Annual report on the working of the lock hospitals in the Central Provinces
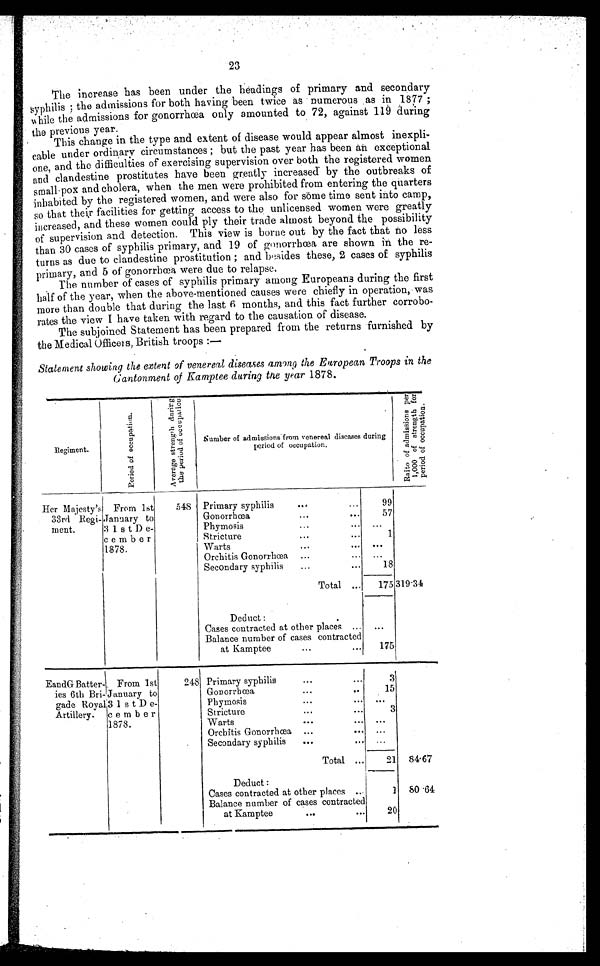
23
The increase has been under the headings of primary and secondary
syphilis ; the admissions for both having been twice as numerous as in 1877 ;
while the admissions for gonorrhœa only amounted to 72, against 119 during
the previous year.
This change in the type and extent of disease would appear almost inexpli-
cable under ordinary circumstances ; but the past year has been an exceptional
one, and the difficulties of exercising supervision over both the registered women
and clandestine prostitutes have been greatly increased by the outbreaks of
small-pox and cholera, when the men were prohibited from entering the quarters
inhabited by the registered women, and were also for some time sent into camp,
so that their facilities for getting access to the unlicensed women were greatly
increased, and these women could ply their trade almost beyond the possibility
of supervision and detection. This view is borne out by the fact that to less
than 30 cases of syphilis primary, and 19 of gonorrhœa are shown in the re-
turns as due to clandestine prostitution ; and besides these, 2 cases of syphilis
primary, and 5 of gonorrhœa were due to relapse.
The number of cases of syphilis primary among Europeans during the first
half of the year, when the above-mentioned causes were chiefly in operation, was
more than double that during the last 6 months, and this fact further corrobo-
rates the view I have taken with regard to the causation of disease.
The subjoined Statement has been prepared from the returns furnished by
the Medical Office's, British troops :—
Statement showing the extent of venereal diseases among the European Troops in the
Cantonment of Kamptee during the year 1878.
Regiment.
P e r i o d o f o c c u p a t i o n .
A v e r a g e s t r e n g t h d u r i n g
t h e p e r i o d o f o c c u p a t i o n .
Number of admissions from venereal diseases during
period of occupation.
R a t i o o f a d m i s s i o n p e r
1 , 0 0 0 o f s t r e n g t h f o r
p e r i o d o f o c c u p a t i o n .
Her Majesty's
33rd Regi-
ment.
From 1st
January to
31st De-
cember
1878.
548 Primary syphilis
... ...
99
Gonorrhœa
... ..
57
Phymosis
... ...
. . .
Stricture
...
...
1
Warts
... ...
. . .
Orchitis Gonorrhœa ...
... ...
Secondary syphilis
...
...
18
Total ...
175 319.34
Deduct :
Cases contracted at other places ... . . .
Balance number of cases contracted
at Kamptee
•••
•••
175
Eand G Batter-
ies 6th Bri-
gade Royal
Artillery.
From 1st
January to
31st De-
cember
1878.
248 Primary syphilis
... ...
3
Gonorrhœa
...
..
15
Phymosis
... ...
. . .
Stricture
...
...
3
Warts
...
... . . .
Orchitis Gonorrhœa ... ...
. . .
Secondary syphilis
... ...
. . .
Total ...
21 84.67
Deduct :
Cases contracted at other places ...
1 80 64
Balance number of cases contracted
at Kamptee
...
...
20